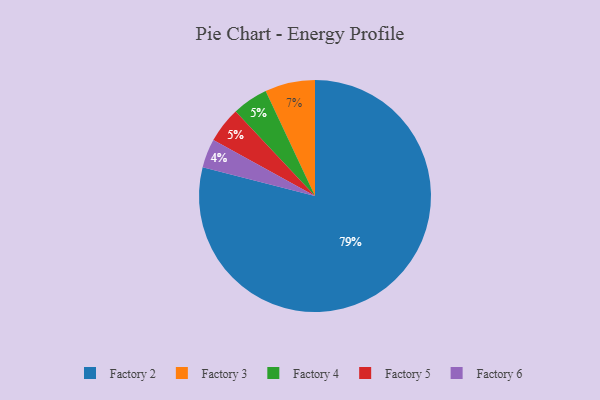
{"axis": {"x": "Category", "y": "Percentage"}, "legend": ["Factory 2", "Factory 3", "Factory 4", "Factory 5", "Factory 6"], "data": [{"x": "Factory 6", "y": 4, "type": "Factory 6"}, {"x": "Factory 2", "y": 79, "type": "Factory 2"}, {"x": "Factory 4", "y": 5, "type": "Factory 4"}, {"x": "Factory 3", "y": 7, "type": "Factory 3"}, {"x": "Factory 5", "y": 5, "type": "Factory 5"}]}